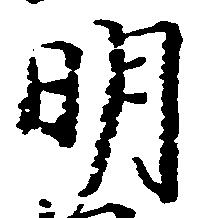
明